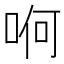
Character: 哬